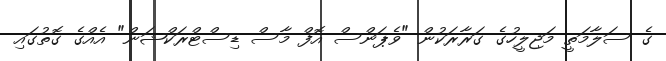
ގެ ސަލާމަތީ މަޖިލީހުގެ ގަރާރަކުން "ވެޕަންސް އޮފް މާސް ޑިސްޓްރަކްޝަން" އެއްގެ ގޮތުގައި